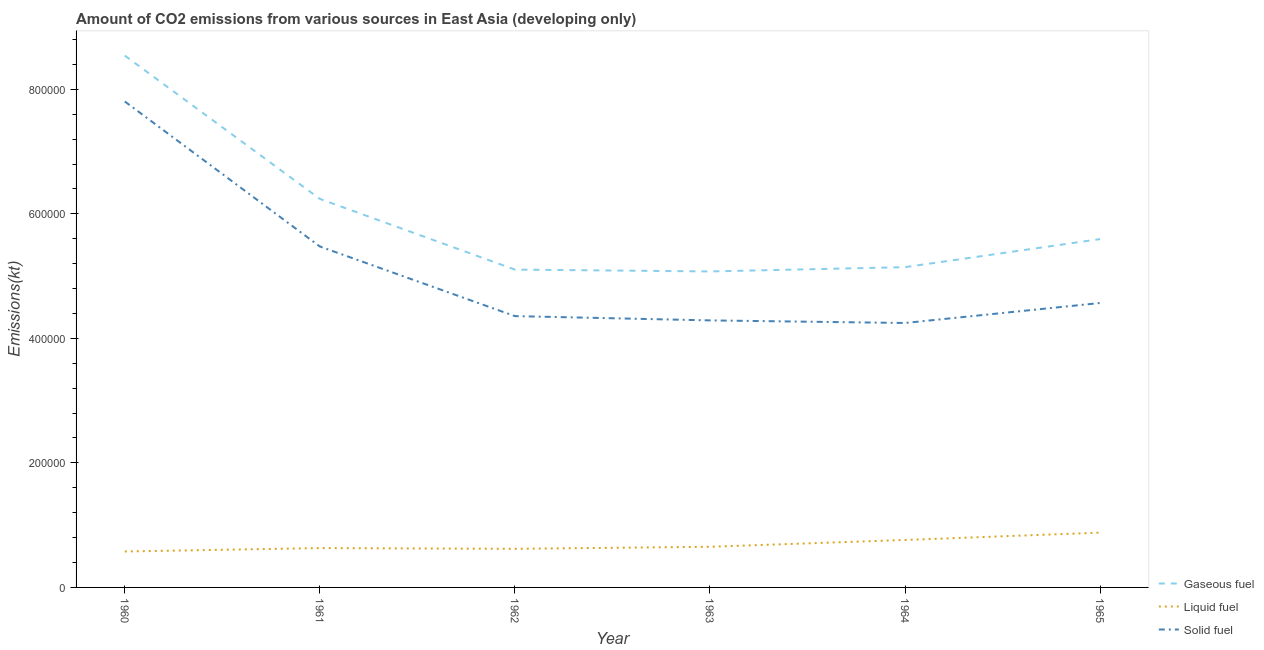
| Year | Gaseous fuel | Liquid fuel | Solid fuel |
 | --- | --- | --- | --- |
 | 1960 | 8.54e+05 | 5.77e+04 | 7.8e+05 |
 | 1961 | 6.24e+05 | 6.32e+04 | 5.48e+05 |
 | 1962 | 5.1e+05 | 6.2e+04 | 4.36e+05 |
 | 1963 | 5.07e+05 | 6.53e+04 | 4.29e+05 |
 | 1964 | 5.14e+05 | 7.62e+04 | 4.25e+05 |
 | 1965 | 5.59e+05 | 8.8e+04 | 4.57e+05 |